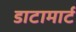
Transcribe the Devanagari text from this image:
डाटामार्ट